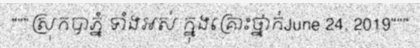
"""ស្រុកបាភ្នំ ទាំងអស់ ក្នុងគ្រោះថ្នាក់June 24, 2019"""